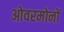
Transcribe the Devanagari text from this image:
ओवरमोनों